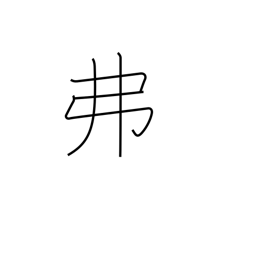
Meaning: dollar